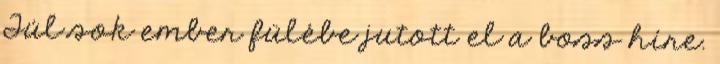
Túl sok ember fülébe jutott el a boss híre.